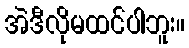
အဲဒီလိုမထင်ပါဘူး။